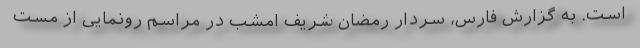
است. به گزارش فارس، سردار رمضان شریف امشب در مراسم رونمایی از مست